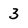
Character: 3